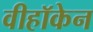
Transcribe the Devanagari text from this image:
वीहॉकेन